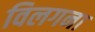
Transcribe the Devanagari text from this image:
विलगना